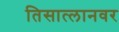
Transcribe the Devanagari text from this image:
तिसात्लानवर